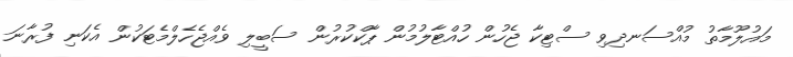
މައުލޫމާތު މުއްސަނދިވި ސްޓިކާ ޖެހުން ހުއްޓާލުމުން ޕާކްކުރުން ސަބީލި ވެއްޖެހެލްމެޓަކުން އެކަނި ފުރާނަ